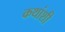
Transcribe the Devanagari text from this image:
कथांशी